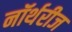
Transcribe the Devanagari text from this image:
नॉर्थरीज